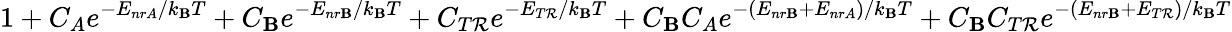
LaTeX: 1+C_{A}e^{-E_{nrA}/k_{\mathbf{B}}T}+C_{\mathbf{B}}e^{-E_{nr\mathbf{B}}/k_{\mathbf{B}}T}+C_{T\mathcal{R}}e^{-E_{T\mathcal{R}}/k_{\mathbf{B}}T}+C_{\mathbf{B}}C_{A}e^{-(E_{nr\mathbf{B}}+E_{nrA})/k_{\mathbf{B}}T}+C_{\mathbf{B}}C_{T\mathcal{R}}e^{-(E_{nr\mathbf{B}}+E_{T\mathcal{R}})/k_{\mathbf{B}}T}